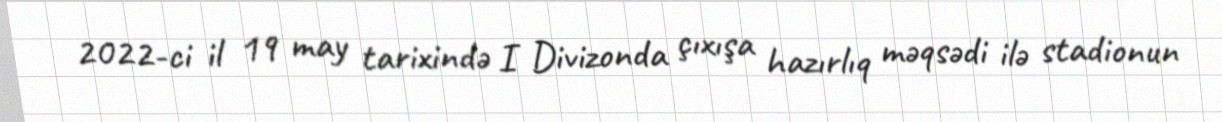
2022-ci il 19 may tarixində I Divizonda çıxışa hazırlıq məqsədi ilə stadionun